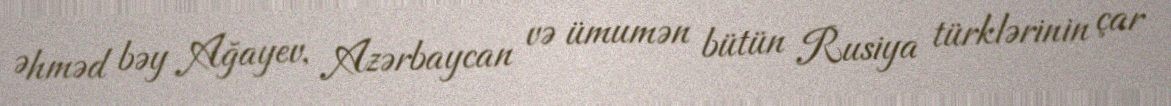
Əhməd bəy Ağayev, Azərbaycan və ümumən bütün Rusiya türklərinin çar